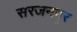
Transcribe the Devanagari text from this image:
सरजनपुर